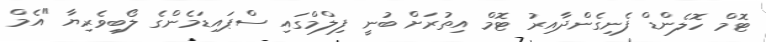
ޓޮމް ހޮލެންޑް ފެނިގެންދާއިރު ޓޮމް އިތުރަށް ބުނީ ފިލްމްގައި ސްޕައިޑަމެންގެ ލޯބިވެރިޔާ "އެމް